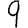
Digit: 9